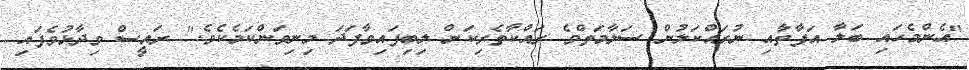
"އެންމެހައި ބަލާ އަފާތާއި ނުރައްކަލުން ސަލާމަތްވެ ރައްކާތެރިކަން ލިބިފައިވާފަދަ މިނިވަންކަމެކެވެ." ރައީސް ވިދާޅުވެފައި